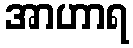
အာဟာရ